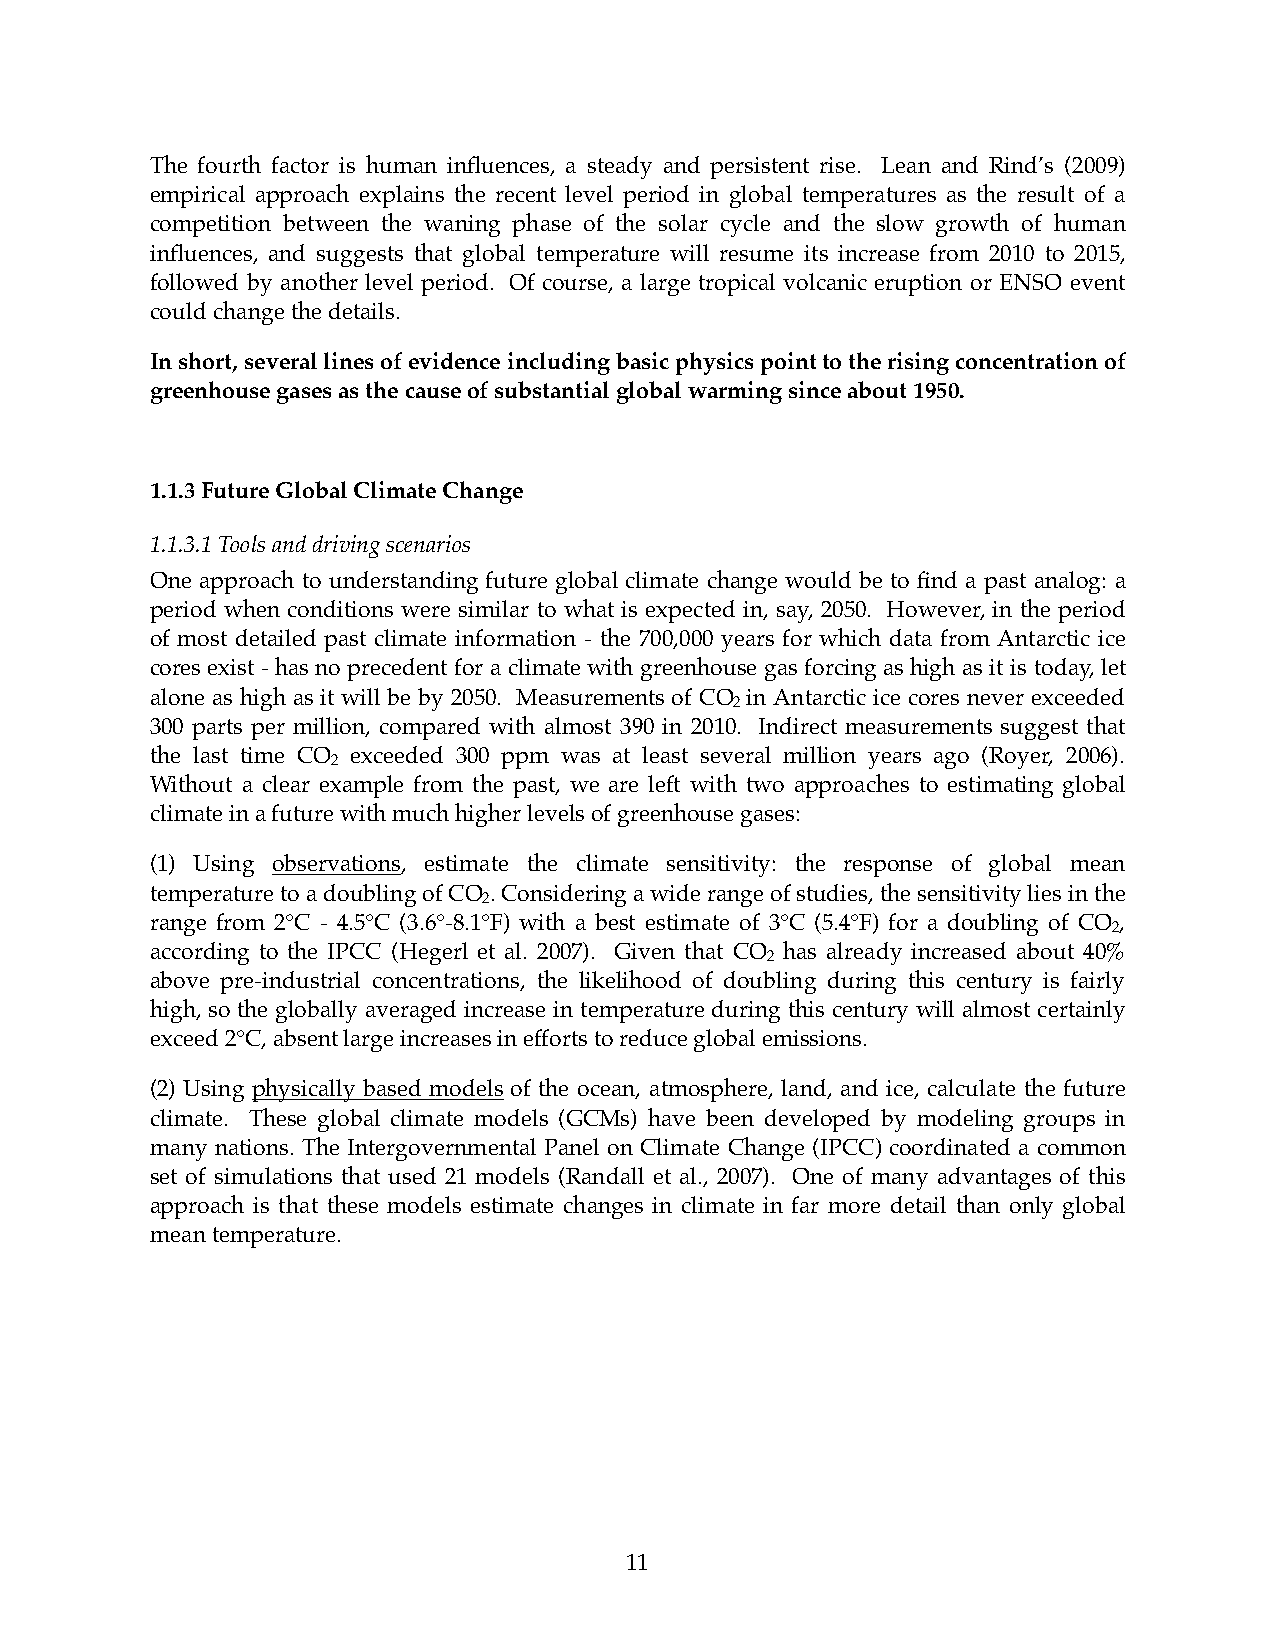
The fourth factor is human influences, a steady and persistent rise. Lean and Rind’s (2009)
 empirical approach explains the recent level period in global temperatures as the result of a
 competition between the waning phase of the solar cycle and the slow growth of human
 influences, and suggests that global temperature will resume its increase from 2010 to 2015,
 followed by another level period. Of course, a large tropical volcanic eruption or ENSO event
 could change the details.
 In short, several lines of evidence including basic physics point to the rising concentration of
 greenhouse gases as the cause of substantial global warming since about 1950.
 1.1.3 Future Global Climate Change
 1.1.3.1 Tools and driving scenarios
 One approach to understanding future global climate change would be to find a past analog: a
 period when conditions were similar to what is expected in, say, 2050. However, in the period
 of most detailed past climate information - the 700,000 years for which data from Antarctic ice
 cores exist - has no precedent for a climate with greenhouse gas forcing as high as it is today, let
 alone as high as it will be by 2050. Measurements of CO in Antarctic ice cores never exceeded
 2
 300 parts per million, compared with almost 390 in 2010. Indirect measurements suggest that
 the last time CO exceeded 300 ppm was at least several million years ago (Royer, 2006).
 2
 Without a clear example from the past, we are left with two approaches to estimating global
 climate in a future with much higher levels of greenhouse gases:
 (1) Using observations, estimate the climate sensitivity: the response of global mean
 temperature to a doubling of CO . Considering a wide range of studies, the sensitivity lies in the
 2
 range from 2°C - 4.5°C (3.6°-8.1°F) with a best estimate of 3°C (5.4°F) for a doubling of CO ,
 2
 according to the IPCC (Hegerl et al. 2007). Given that CO has already increased about 40%
 2
 above pre-industrial concentrations, the likelihood of doubling during this century is fairly
 high, so the globally averaged increase in temperature during this century will almost certainly
 exceed 2°C, absent large increases in efforts to reduce global emissions.
 (2) Using physically based models of the ocean, atmosphere, land, and ice, calculate the future
 climate. These global climate models (GCMs) have been developed by modeling groups in
 many nations. The Intergovernmental Panel on Climate Change (IPCC) coordinated a common
 set of simulations that used 21 models (Randall et al., 2007). One of many advantages of this
 approach is that these models estimate changes in climate in far more detail than only global
 mean temperature.
 11